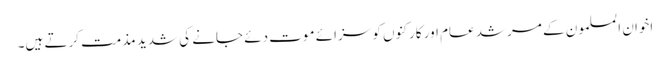
اخوان المسلمون کے مرشد عام اور کارکنوں کو سزائے موت دئے جانے کی شدید مذمت کرتے ہیں۔